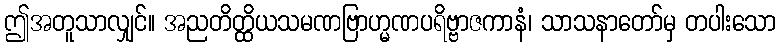
ဤအတူသာလျှင်။ အညတိတ္ထိယသမဏဗြာဟ္မဏပရိဗ္ဗာဇကာနံ၊ သာသနာတော်မှ တပါးသော